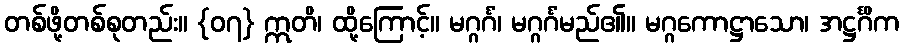
တစ်ဖို့တစ်စုတည်း။ {၀၇} ဣတိ၊ ထို့ကြောင့်။ မဂ္ဂင်္ဂံ၊ မဂ္ဂင်္ဂံမည်၏။ မဂ္ဂကောဋ္ဌာသော၊ အဋ္ဌင်္ဂိက